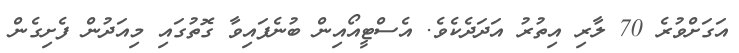
އަގަށްވުރެ 70 ލާރި އިތުރު އަދަދެކެވެ. އެސްޓީއޯއިން ބުނެފައިވާ ގޮތުގައި މިއަދުން ފެށިގެން